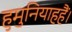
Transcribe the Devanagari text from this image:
हुमुनियाहहैं।